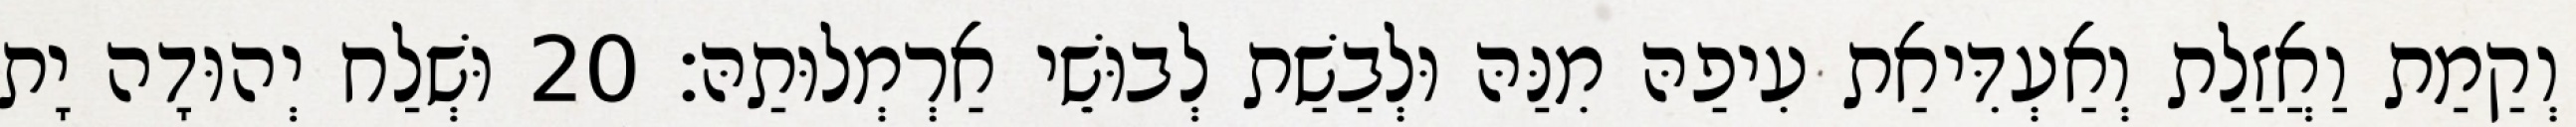
וְקַמַת וַאֲזַלַת וְאַעְדִּיאַת עִיפַהּ מִנַּהּ וּלְבַשַׁת לְבוּשֵׁי אַרְמְלוּתַהּ׃ 20 וּשְׁלַח יְהוּדָה יָת